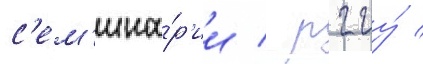
с'ем'ина́р'ии / рггу́ /